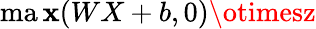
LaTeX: \operatorname*{ma\mathbf{x}}(WX+b,0)\otimesz